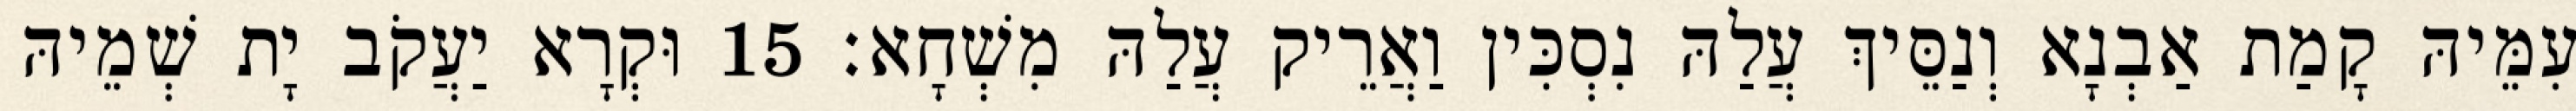
עִמֵּיהּ קָמַת אַבְנָא וְנַסֵּיךְ עֲלַהּ נִסְכִּין וַאֲרֵיק עֲלַהּ מִשְׁחָא׃ 15 וּקְרָא יַעֲקֹב יָת שְׁמֵיהּ